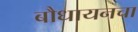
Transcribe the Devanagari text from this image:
बौधायनचा